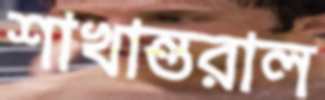
শাখান্তরাল